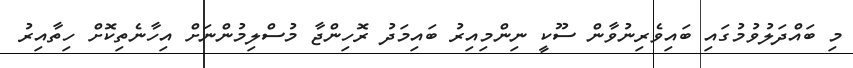
މި ބައްދަލުވުމުގައި ބައިވެރިނުވާން ސޫކީ ނިންމިއިރު ބައިމަދު ރޮހިންޖާ މުސްލިމުންނަށް އިހާނެތިކޮށް ހިތާއިރު